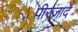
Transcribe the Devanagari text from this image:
पीरजादे